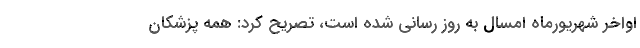
اواخر شهریورماه امسال به روز رسانی شده است، تصریح کرد: همه پزشکان